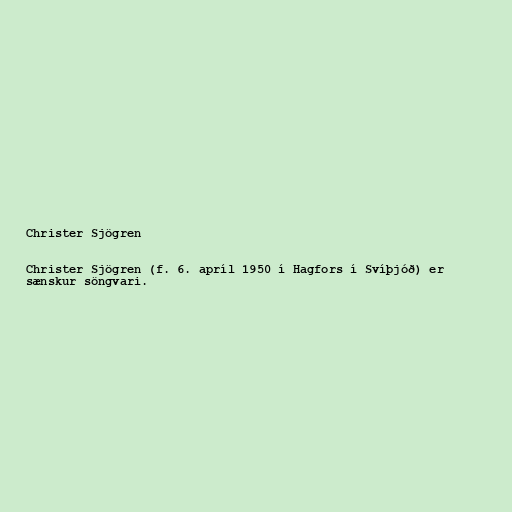
Christer Sjögren

Christer Sjögren (f. 6. apríl 1950 í Hagfors í Svíþjóð) er
sænskur söngvari.